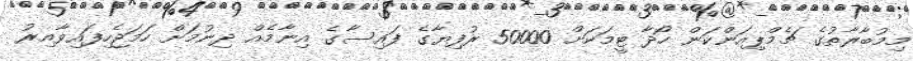
މިމުބާރާތުގެ ޗެމްޕިއަންކަން ހޯދާ ޓީމަކަށް 50000 ރުފިޔާގެ ފައިސާގެ އިނާމެއް ދިނުމަށް ހަމަޖެހިފައިވާއިރު